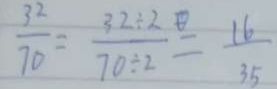
\frac { 3 2 } { 7 0 } = \frac { 3 2 \div 2 } { 7 0 \div 2 } = \frac { 1 6 } { 3 5 }